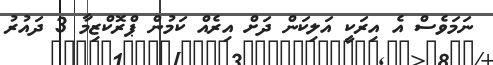
ނަމަވެސް އެ އިރަކީ އަލިކަން ދަށް އިރެއް ކަމުން ޕްރޮކްޒިމާ 3 ދައުރު